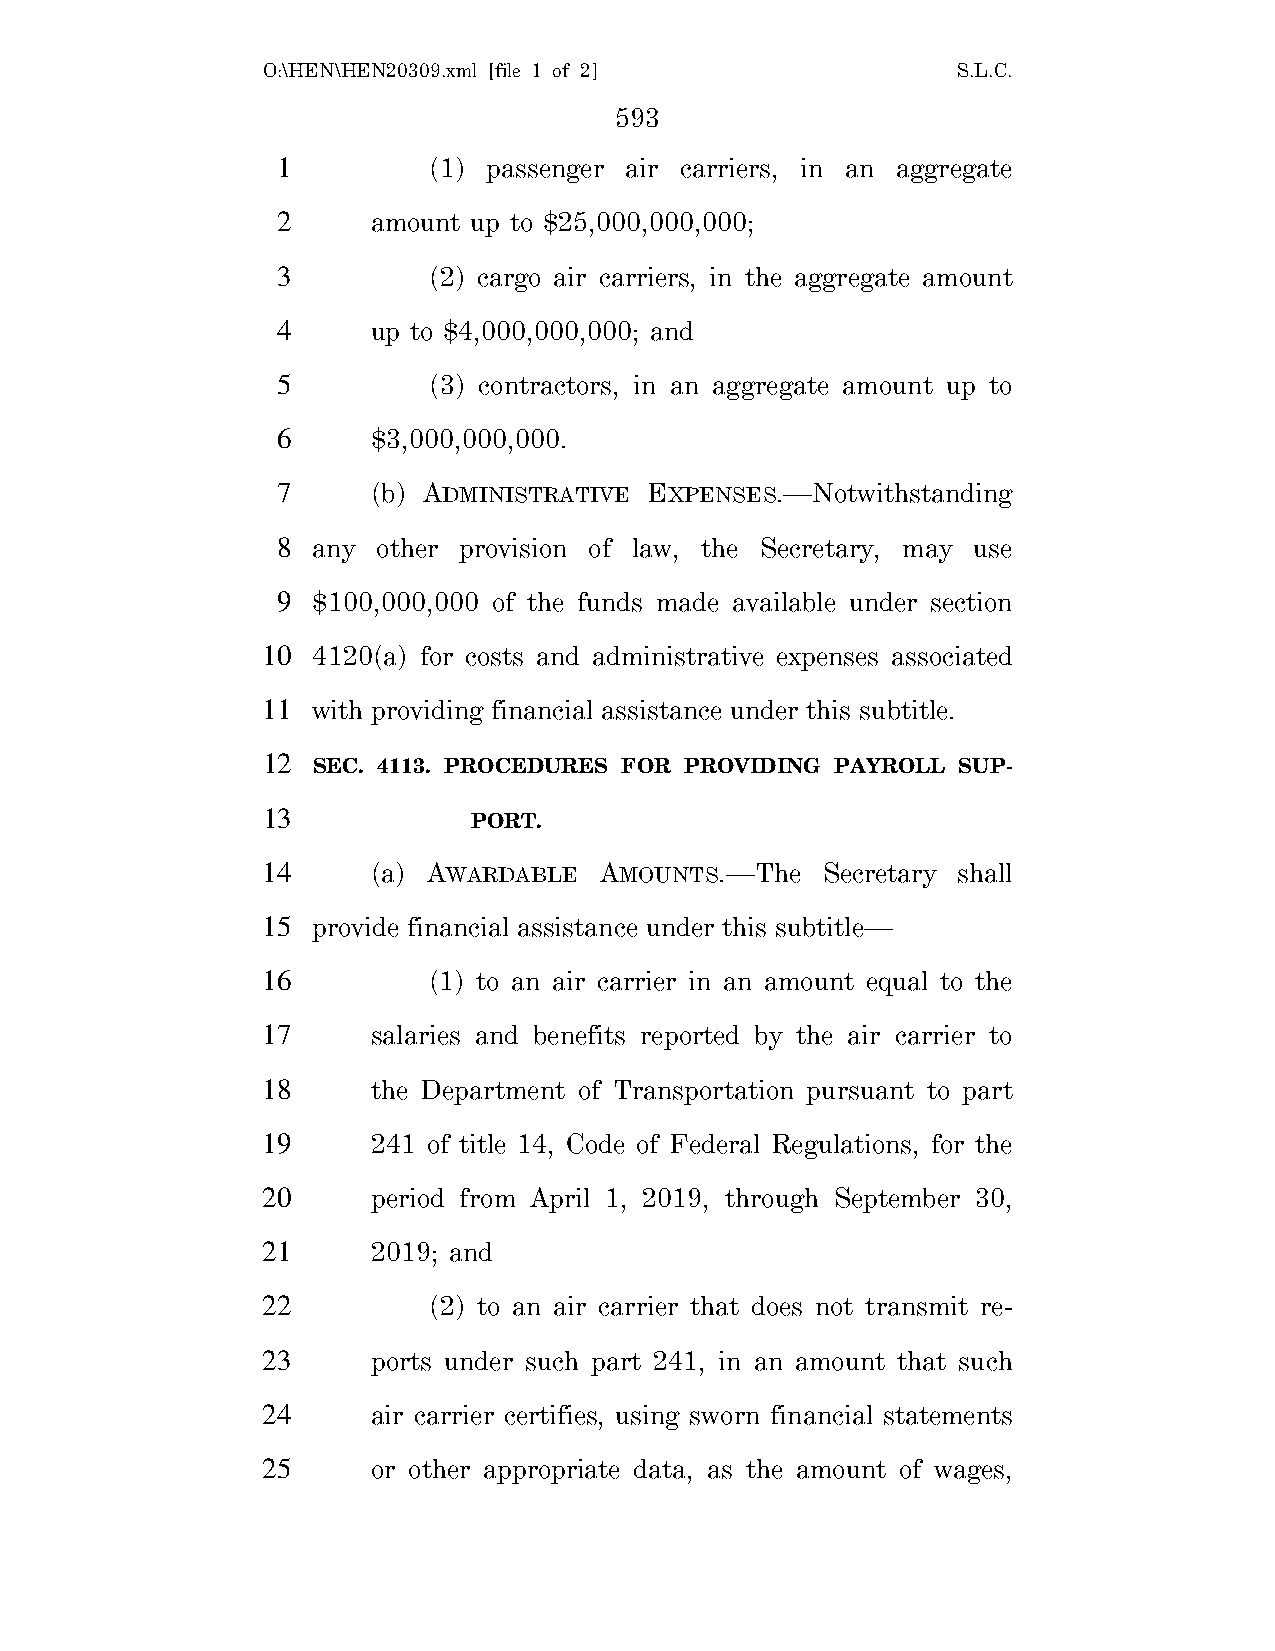
O:\HEN\HEN20309.xml [file 1 of 2]             S.L.C.
 593
 1         (1) passenger air carriers, in an aggregate
 2      amount up to $25,000,000,000;
 3         (2) cargo air carriers, in the aggregate amount
 4      up to $4,000,000,000; and
 5         (3) contractors, in an aggregate amount up to
 6      $3,000,000,000.
 7      (b) ADMINISTRATIVE EXPENSES.—Notwithstanding
 8  any other provision of law, the Secretary, may use
 9  $100,000,000 of the funds made available under section
 10  4120(a) for costs and administrative expenses associated
 11  with providing financial assistance under this subtitle.
 12
 SEC. 4113. PROCEDURES FOR PROVIDING PAYROLL SUP-
 13
 PORT.
 14      (a) AWARDABLE  AMOUNTS.—The  Secretary shall
 15  provide financial assistance under this subtitle—
 16         (1) to an air carrier in an amount equal to the
 17      salaries and benefits reported by the air carrier to
 18      the Department of Transportation pursuant to part
 19      241 of title 14, Code of Federal Regulations, for the
 20      period from April 1, 2019, through September 30,
 21      2019; and
 22         (2) to an air carrier that does not transmit re-
 23      ports under such part 241, in an amount that such
 24      air carrier certifies, using sworn financial statements
 25      or other appropriate data, as the amount of wages,